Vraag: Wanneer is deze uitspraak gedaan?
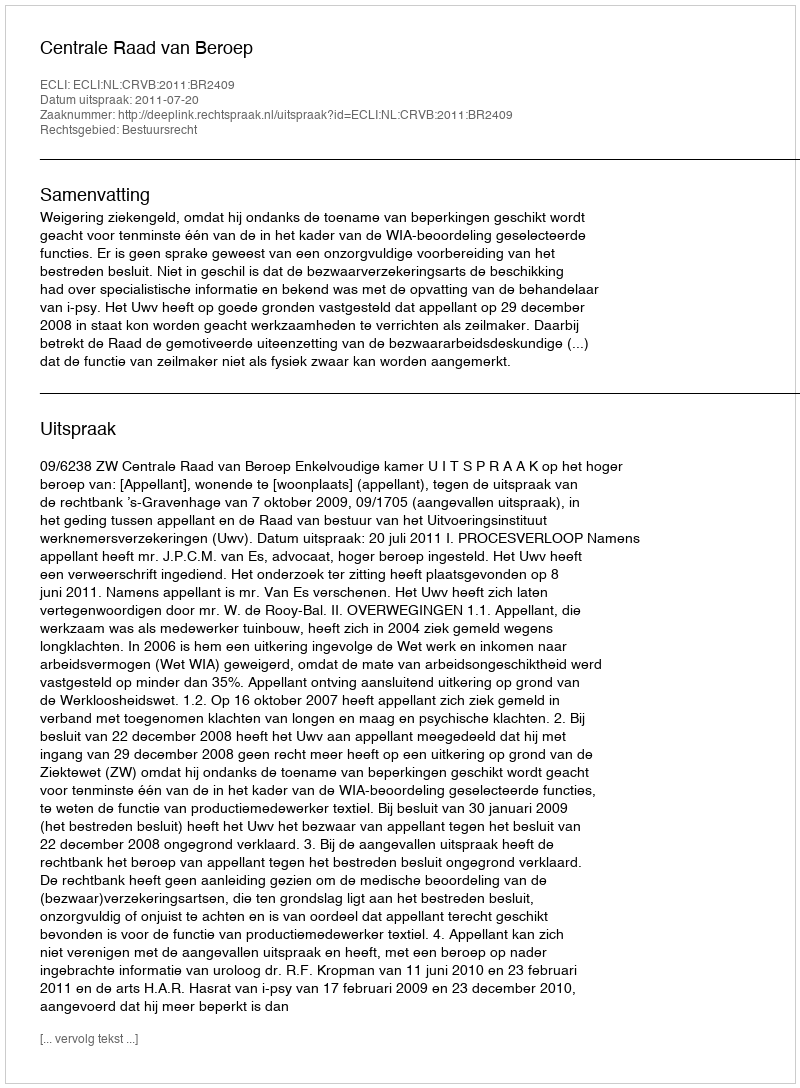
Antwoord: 2011-07-20